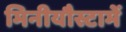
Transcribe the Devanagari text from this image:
मिनीयौस्टामें